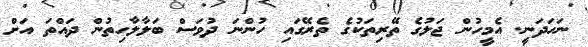
ނަހަދަނީ. އެމީހުން ޖަލުގެ ތޭރިތަކުގެ ތެރޭގައި ހުންނަ ދުވަސް ބަލާލާހިތުން ދައްތަ އަށް